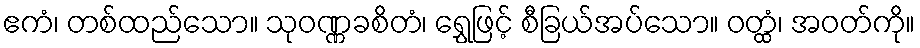
ဧကံ၊ တစ်ထည်သော။ သုဝဏ္ဏခစိတံ၊ ရွှေဖြင့် စီခြယ်အပ်သော။ ဝတ္ထံ၊ အဝတ်ကို။